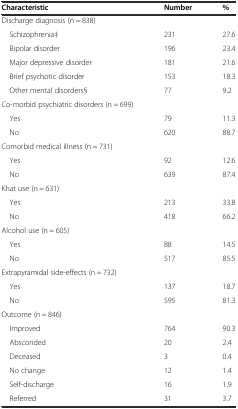
| Characteristic | Number | % |
 | --- | --- | --- |
 | Discharge diagnosis (n = 838) |  |  |
 | Schizophrenia‡ | 231 | 27.6 |
 | Bipolar disorder | 196 | 23.4 |
 | Major depressive disorder | 181 | 21.6 |
 | Brief psychotic disorder | 153 | 18.3 |
 | Other mental disorders§ | 77 | 9.2 |
 | Co-morbid psychiatric disorders (n = 699) |  |  |
 | Yes | 79 | 11.3 |
 | No | 620 | 88.7 |
 | Comorbid medical illness (n = 731) |  |  |
 | Yes | 92 | 12.6 |
 | No | 639 | 87.4 |
 | Khat use (n = 631) |  |  |
 | Yes | 213 | 33.8 |
 | No | 418 | 66.2 |
 | Alcohol use (n = 605) |  |  |
 | Yes | 88 | 14.5 |
 | No | 517 | 85.5 |
 | Extrapyramidal side-effects (n = 732) |  |  |
 | Yes | 137 | 18.7 |
 | No | 595 | 81.3 |
 | Outcome (n = 846) |  |  |
 | Improved | 764 | 90.3 |
 | Absconded | 20 | 2.4 |
 | Deceased | 3 | 0.4 |
 | No change | 12 | 1.4 |
 | Self-discharge | 16 | 1.9 |
 | Referred | 31 | 3.7 |